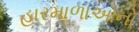
હારમાળાઓનો